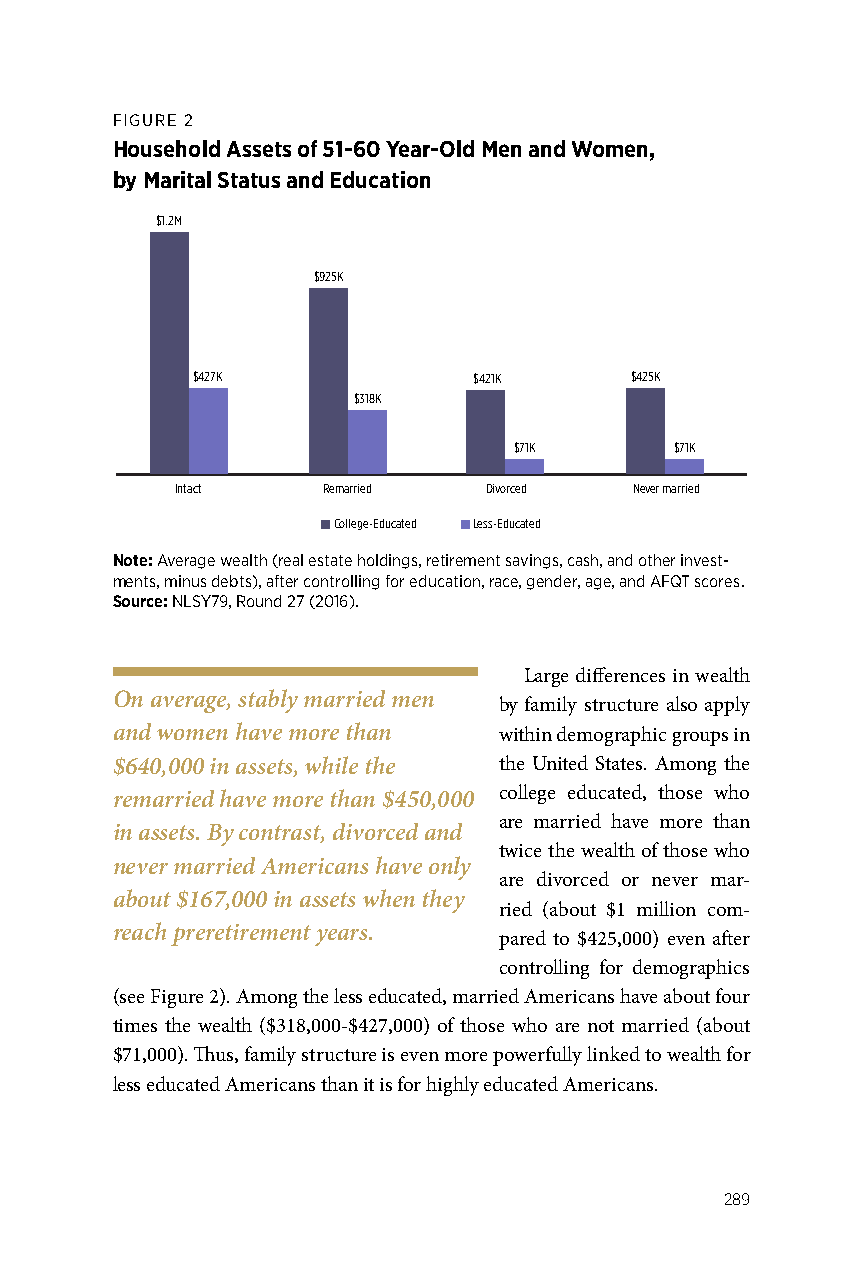
FIGURE 2
 Household Assets of 51-60 Year-Old Men and Women,
 by Marital Status and Education
 $1.2M
 $925K
 $427K             $421K      $425K
 $318K
 $71K       $71K
 Intact   Remarried  Divorced  Never married
 College-Educated Less-Educated
 Note: Average wealth (real estate holdings, retirement savings, cash, and other invest-
 ments, minus debts), after controlling for education, race, gender, age, and AFQT scores.
 Source: NLSY79, Round 27 (2016).
 Large differences in wealth
 On average, stably married men
 by family structure also apply
 and women have more than  within demographic groups in
 $640,000 in assets, while the the United States. Among the
 remarried have more than $450,000 college educated, those who
 are married have more than
 in assets. By contrast, divorced and
 twice the wealth of those who
 never married Americans have only
 are divorced or never mar-
 about $167,000 in assets when they
 ried (about $1 million com-
 reach preretirement years.
 pared to $425,000) even after
 controlling for demographics
 (see Figure 2). Among the less educated, married Americans have about four
 times the wealth ($318,000-$427,000) of those who are not married (about
 $71,000). Thus, family structure is even more powerfully linked to wealth for
 less educated Americans than it is for highly educated Americans.
 289